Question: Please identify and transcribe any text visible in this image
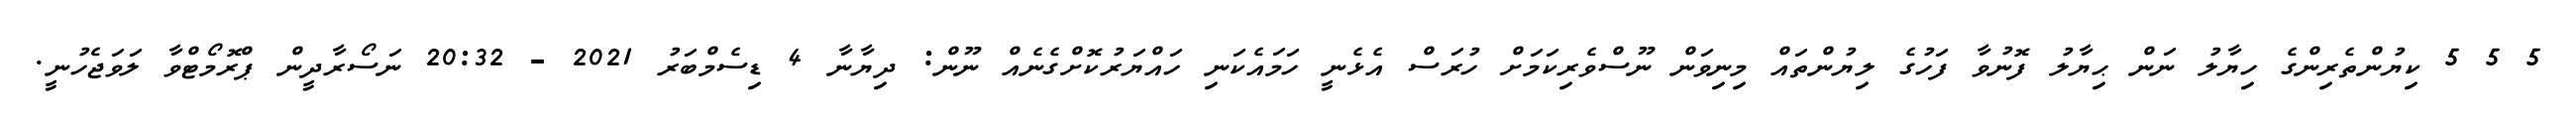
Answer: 5 5 5 ކިޔުންތެރިންގެ ހިޔާލު ނަން ޙިޔާލު ފޮނުވާ ފަހުގެ ލިޔުންތައް މިނިވަން ނޫސްވެރިކަމަށް ހުރަސް އެޅެނީ ހަމައެކަނި ހައްޔަރުކޮށްގެނެއް ނޫން: ދިޔާނާ 4 ޑިސެމްބަރު 2021 - 20:32 ނަސޯރާދީން ޕްރޮމޯޓްވާ ލަވަޖެހުނީ.